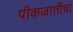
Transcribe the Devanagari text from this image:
पीकजातींचा